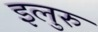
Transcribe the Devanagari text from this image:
इलुरु